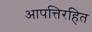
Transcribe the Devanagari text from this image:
आपत्तिरहित